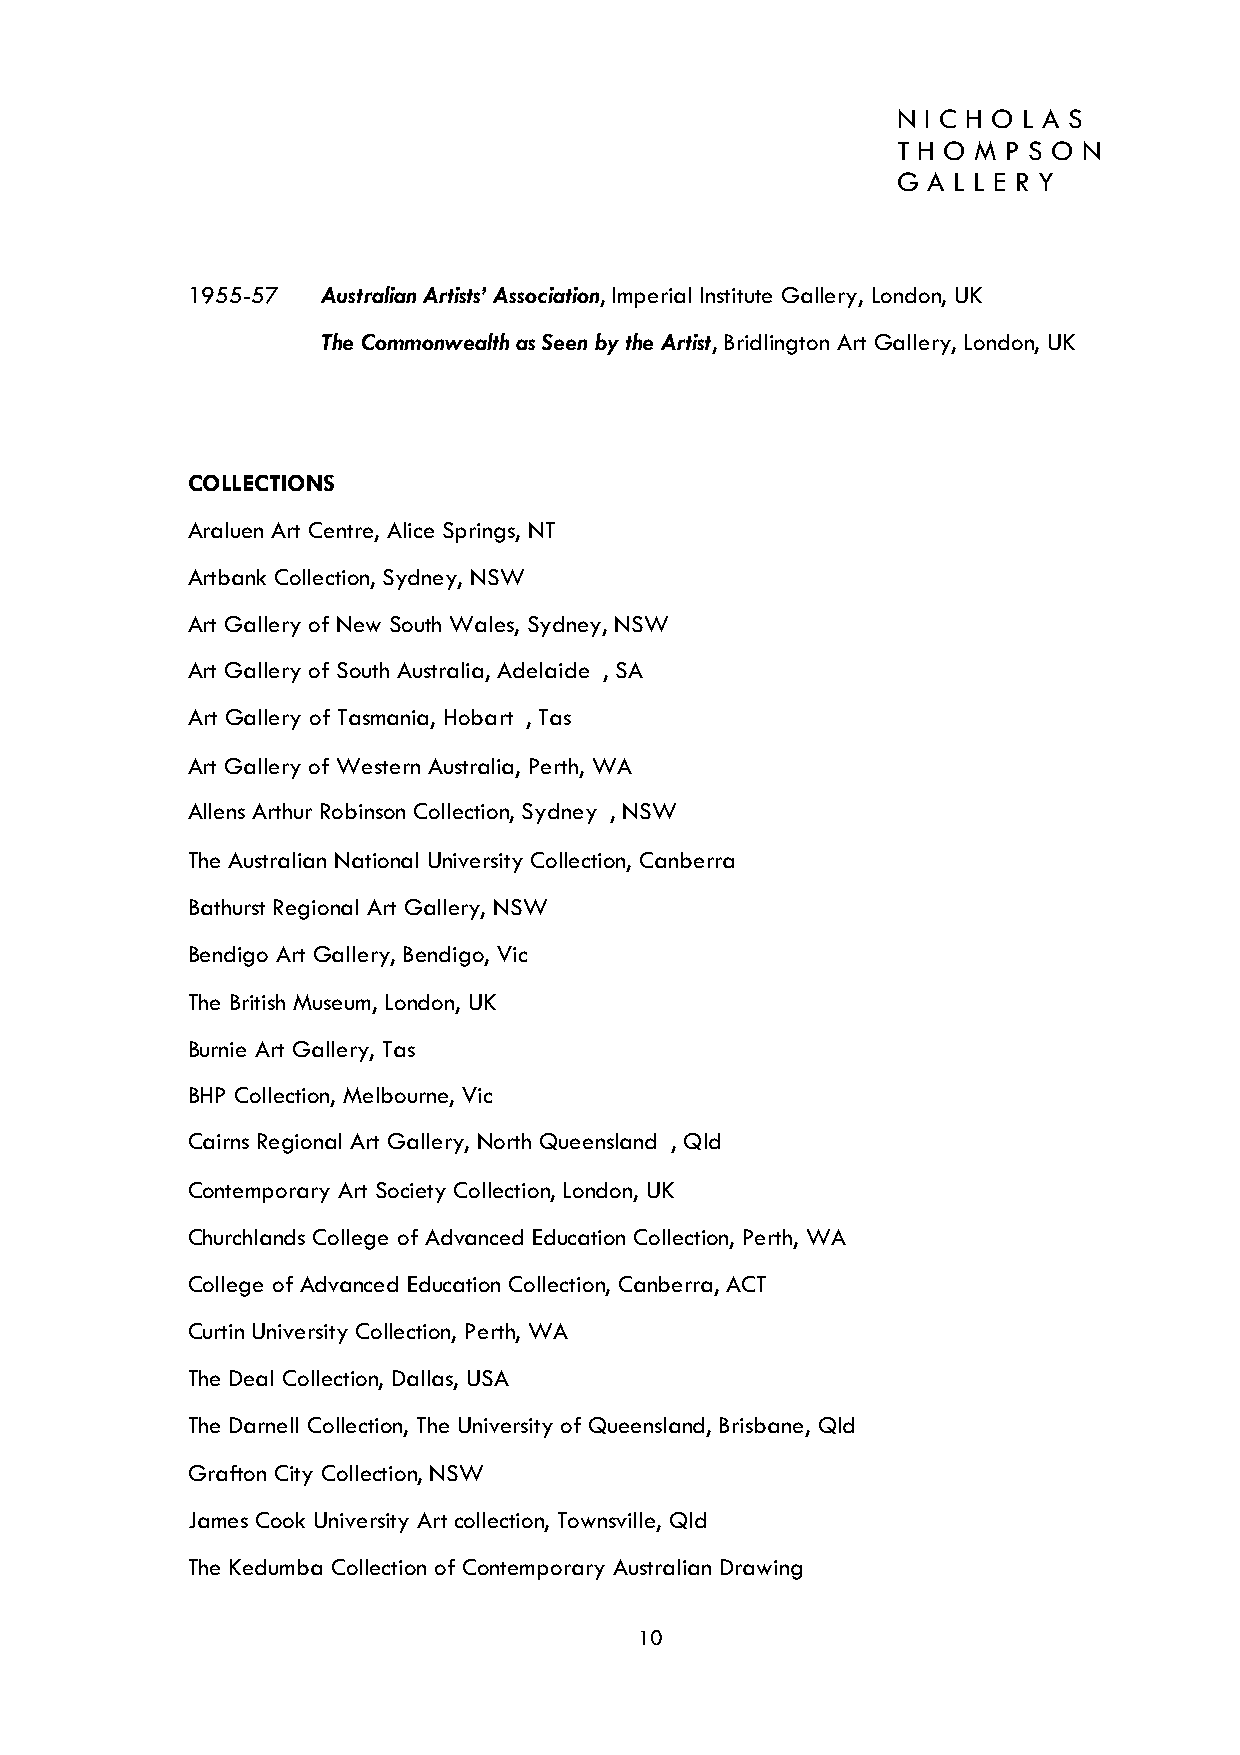
N I C H O L A S
 T H O M P S O N
 G A L L E R Y
 1955-57  Australian Artists’ Association, Imperial Institute Gallery, London, UK
 The Commonwealth as Seen by the Artist, Bridlington Art Gallery, London, UK
 COLLECTIONS
 Araluen Art Centre, Alice Springs, NT
 Artbank Collection, Sydney, NSW
 Art Gallery of New South Wales, Sydney, NSW
 Art Gallery of South Australia, Adelaide , SA
 Art Gallery of Tasmania, Hobart , Tas
 Art Gallery of Western Australia, Perth, WA
 Allens Arthur Robinson Collection, Sydney , NSW
 The Australian National University Collection, Canberra
 Bathurst Regional Art Gallery, NSW
 Bendigo Art Gallery, Bendigo, Vic
 The British Museum, London, UK
 Burnie Art Gallery, Tas
 BHP Collection, Melbourne, Vic
 Cairns Regional Art Gallery, North Queensland , Qld
 Contemporary Art Society Collection, London, UK
 Churchlands College of Advanced Education Collection, Perth, WA
 College of Advanced Education Collection, Canberra, ACT
 Curtin University Collection, Perth, WA
 The Deal Collection, Dallas, USA
 The Darnell Collection, The University of Queensland, Brisbane, Qld
 Grafton City Collection, NSW
 James Cook University Art collection, Townsville, Qld
 The Kedumba Collection of Contemporary Australian Drawing
 10